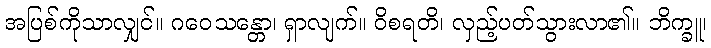
အပြစ်ကိုသာလျှင်။ ဂဝေသန္တော၊ ရှာလျက်။ ဝိစရတိ၊ လှည့်ပတ်သွားလာ၏။ ဘိက္ခူ၊